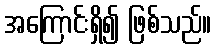
အကြောင်းရှိ၍ ဖြစ်သည်။